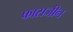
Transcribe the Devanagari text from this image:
फासजीन